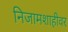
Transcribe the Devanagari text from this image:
निजामशाहीवर